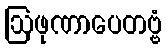
ဩဖုဏာပေတဗ္ဗံ